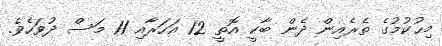
މިޙުކުމުގެ ތެރެެއިން ދެން ބާކީ އޮތީ 12 އަހަރާއި 11 މަސް ދުވަހެވެ.